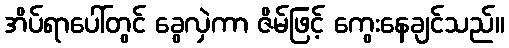
အိပ်ရာပေါ်တွင် ခွေလှဲကာ ဇိမ်ဖြင့် ကွေးနေချင်သည်။